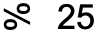
% 25